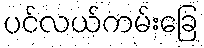
ပင်လယ်ကမ်းခြေ